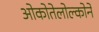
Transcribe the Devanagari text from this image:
ओकोतेलोल्कोने